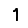
Digit: 1